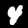
Label: 4